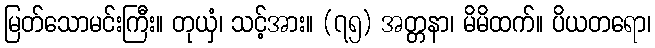
မြတ်သောမင်းကြီး။ တုယှံ၊ သင့်အား။ (၇၅) အတ္တနာ၊ မိမိထက်။ ပိယတရော၊